King Institute of Preventive Medicine Micro-Biological Section reports 1909-11
Year: 1909
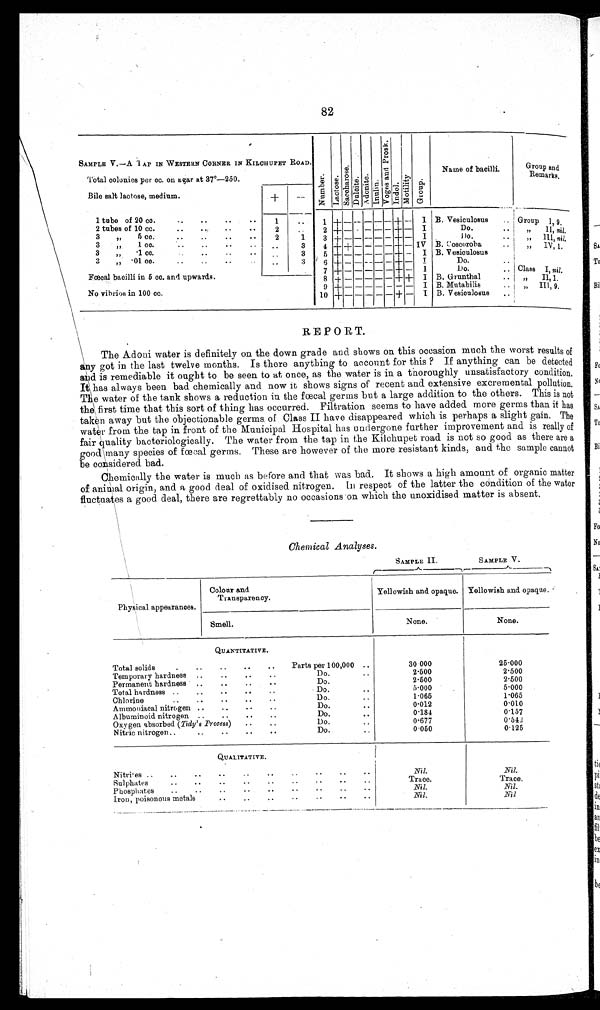
82
SAMPLE V.—A TAP IN WESTERN CORNER IN KILCHUPET ROAD.
Total colonies per cc. on agar at 37°—250.
N u m b e r .
L a c t o s e .
S a c o h a r o s e .
D u l o i t e . a d o n i t e .
I n u l i n .
V o g e s a n d P r o s k .
I n d o l . G r o u p .
Name of bacilli.
Group
Remars.
Bile salt lactose, medium.
+
-
1 tube of 20 cc.
..
..
.. ..
1
. . 1 + - - - - +
I B. Vesiculosus
G r o u p I , 9 .
2 tubes of 10 cc.
2
. .
2 + - - - - + - I
D o . , , I I , n i l .
3 ,, 5 cc.
2
1
3 + - - - - + - I
Do.
,, III, nil.
3 „ 1 cc.
. .
3
4 + + - - - + - IV
B . C o s c o r o H a
, , I V , 1 .
3 „
1 cc.
• •
• •
..
3
5 + — — —
— + — I
..
B. Vesiculosus
3 „ 01 cc.
. . 3
6 + -
- -— - + -
I
Do.
. .
7 + - - - - + - - - -
I
Do.
.. Class I, nil
Fœcal bacilli in 5 co. and upwards.
8 + - - - - + + I B. Grunthal
..
,, II, 9..
, ,
9 + - - - - - - I B. Mutabilis
..
, , I I I , 9 .
No vibrios in 100 cc.
1 0 + - - - - + - I B. Vesiculosus ..
REPORT.
The Adoni water is definitely on the down grade and shows on this occasion much the worst results of
any got in the last twelve months. Is there anything to account for this ? If anything can he detected
and is remediable it ought to be seen to at once, as the water is in a thoroughly unsatisfactory condition.
It has always been bad chemically and now it shows signs of recent and extensive excremental pollution,
The water of the tank shows a reduction in the fœcal germs but a large addition to the others. This is not
the first time that this sort of thing has occurred. Filtration seems to have added more germs than it has
taken away but the objectionable germs. of Class II have disappeared which is perhaps a slight gain. The
water from the tap in front of the Municipal Hospital has undergone further improvement and is really of
fair quality bacteriologically. The water from the tap in the Kilchupet road is not so good as there are a
good many species of fœcal germs. These are however of the more resistant kinds, and the sample cannot
be considered bad.
Chemically the water is much as before and that was bad. It shows a high amount of organic matter
of animal origin, and a good deal of oxidised nitrogen. In respect of the latter the condition of the water
fluctuates a good deal, there are regrettably no occasions on which the unoxidised matter is absent.
Chemical Analyses.
SAMPLE II.
SAMPLE V.
Physical appearances.
Colour and
Transparency.
Yellowish and opaque. Yellowish and opaque
Smell.
None.
None.
Total solids
.
..
QUANTITATIVE.
..
..
..
Parts per 100,000 ..
30 000
25.000
Temporary hardness ..
..
..
..
Do.
2-500
2.500
Permanent hardness ..
..
..
..
Do.
2.500
2.500
Total hardness ..
..
..
..
..
Do.. •
5.000
5-000
Chlorine
..
..
..
..
Do... 1.065
1-065
Ammoniacal nitrogen ..
..
..
..
Do.
..
0.012
0.010
A lbumin oid nitrogen ..
..
..
..
Do.
..
0.184
0.157
Oxygen absorbed (Tidy's Process) ..
..
Do.
0.677
0.542
Nitric nitrogen..
Do.
0.050
0.125
QUALITATIVE.
Nitres ..
..
..
..
..
.
• •
. .
. .
Nil.
_Nil.
Sul phates
..
. .
Trace.
Trace.
Phosphates
..
..
..
..
..
• •
..
• .
• •
Nil.
Nil.
Iron, poisonous metals
Nil.
Nil